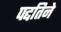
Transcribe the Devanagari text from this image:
पद्दतिने